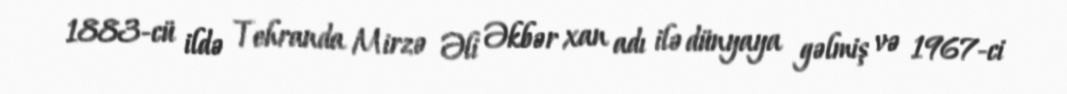
1883-cü ildə Tehranda Mirzə Əli Əkbər xan adı ilə dünyaya gəlmiş və 1967-ci